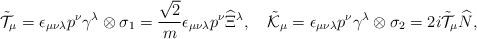
LaTeX: \begin{align*}\tilde{\cal T}_\mu=\epsilon_{\mu\nu\lambda}p^\nu\gamma^\lambda\otimes\sigma_1=\frac{\sqrt{2}}{m}\epsilon_{\mu\nu\lambda}p^\nu\widehat{\Xi}{}^\lambda,\quad\tilde{\cal K}_\mu=\epsilon_{\mu\nu\lambda}p^\nu\gamma^\lambda\otimes\sigma_2=2i\tilde{\cal T}_\mu\widehat{N},\end{align*}